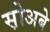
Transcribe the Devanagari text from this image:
स़ोअबे